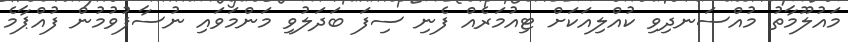
މައުލޫމާތު މުއްސަނދިވި ކުއްލިއަކަށް ޓިއުމަރެއް ފެނި ސިފަ ބަދަލުވި މަންމަވައި ނުސާފުވުމުން ފުއްޕާމެ